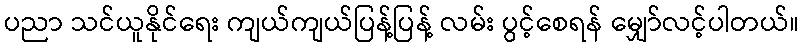
ပညာ သင်ယူနိုင်ရေး ကျယ်ကျယ်ပြန့်ပြန့် လမ်း ပွင့်စေရန် မျှော်လင့်ပါတယ်။